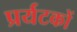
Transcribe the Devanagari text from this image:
प्रर्यटकों